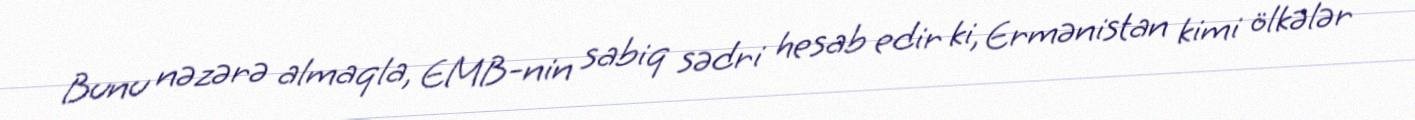
Bunu nəzərə almaqla, EMB-nin sabiq sədri hesab edir ki, Ermənistan kimi ölkələr